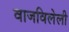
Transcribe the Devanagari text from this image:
वाजविलेली